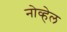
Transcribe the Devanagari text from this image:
नोव्हेल